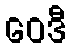
ဝေဒီ